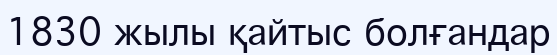
1830 жылы қайтыс болғандар